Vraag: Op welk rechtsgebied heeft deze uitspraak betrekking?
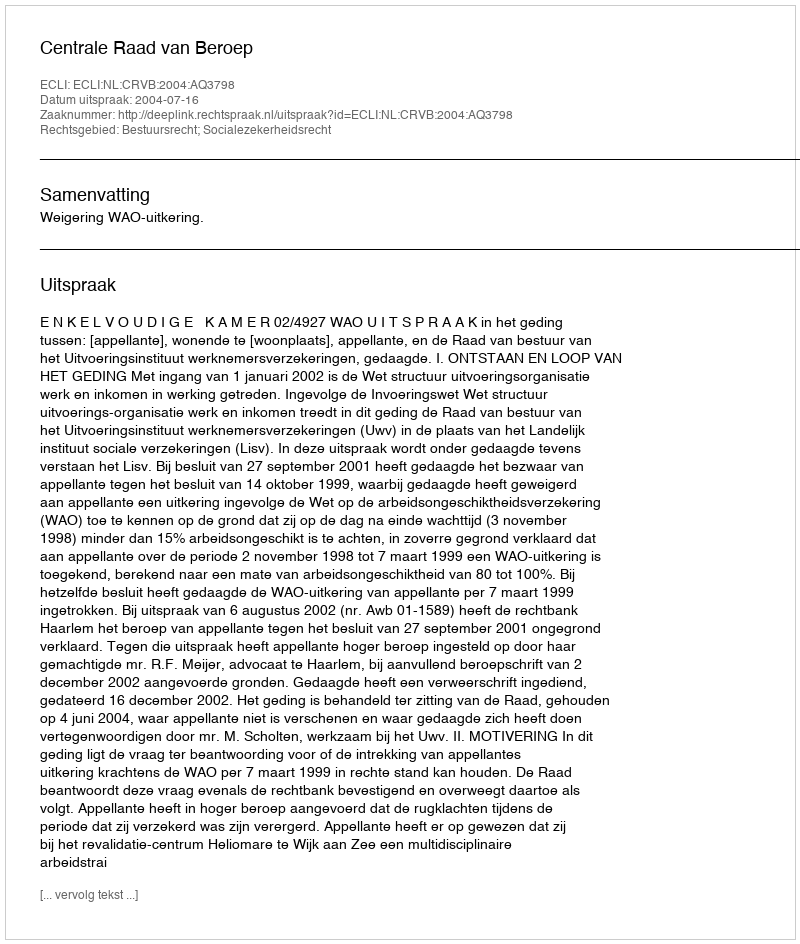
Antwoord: Bestuursrecht; Socialezekerheidsrecht